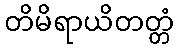
တိမိရာယိတတ္တံ